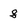
Character: 8